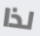
لذا